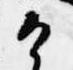
候